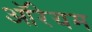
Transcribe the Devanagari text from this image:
ऑरेयम